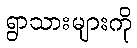
ရွာသားများကို